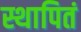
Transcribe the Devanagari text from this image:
स्थापितं